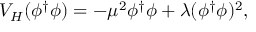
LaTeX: V _ { H } ( \phi ^ { \dagger } \phi ) = - \mu ^ { 2 } \phi ^ { \dagger } \phi + \lambda ( \phi ^ { \dagger } \phi ) ^ { 2 } ,